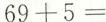
$$6 9 + 5 =$$